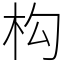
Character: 构